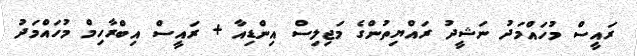
ރައީސް މުހައްމަދު ނަޝީދު ރައްޔިތުންގެ މަޖިލިސް އިންޑިއާ + ރައީސް އިބްރާހިމް މުހައްމަދު